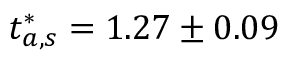
t _ { a , s } ^ { * } = 1 . 2 7 \pm 0 . 0 9